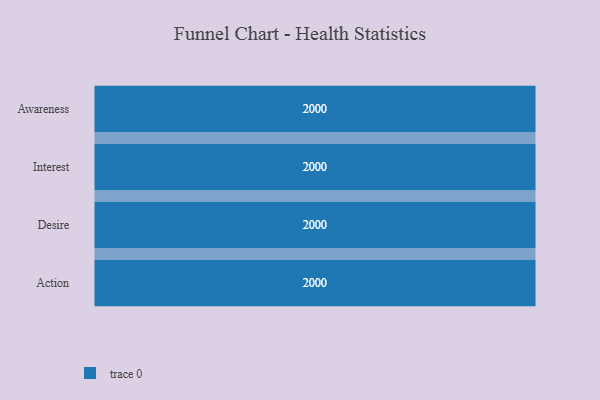
{"axis": {"x": "Stage", "y": "Value"}, "legend": [""], "data": [{"x": "Awareness", "y": 2000, "type": ""}, {"x": "Interest", "y": 2000, "type": ""}, {"x": "Desire", "y": 2000, "type": ""}, {"x": "Action", "y": 2000, "type": ""}]}